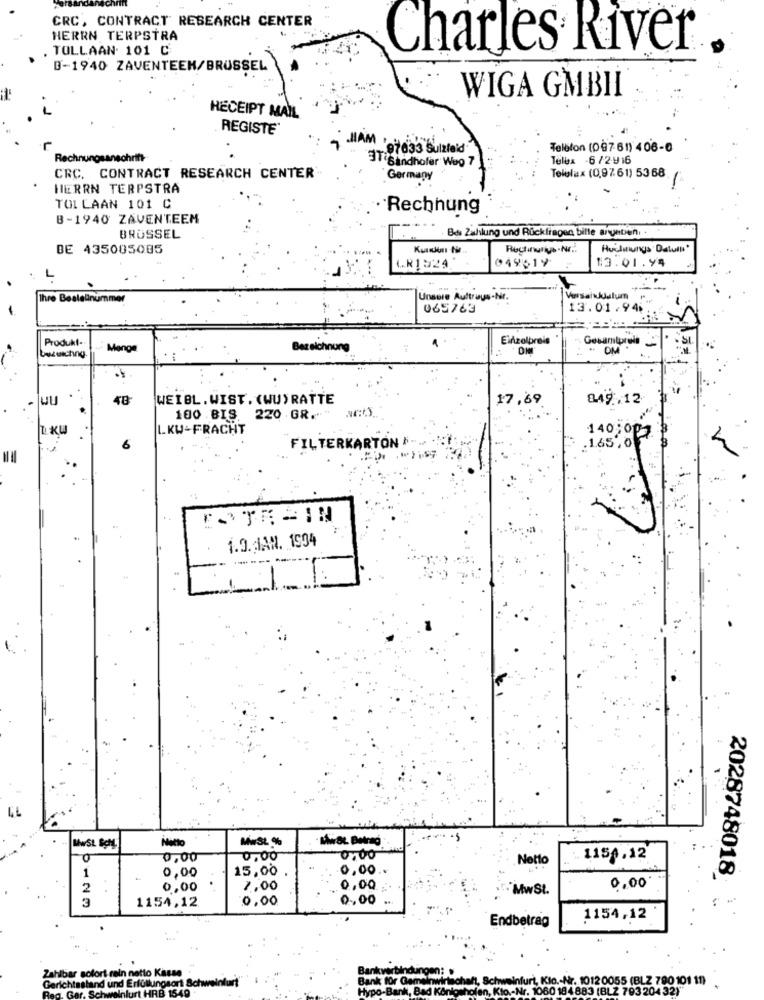
CRC, CONTRACT RESEARCH CENTER
HERRN TERPSTRA
. TOLLAAN 101 C
Charles River
B-1940 ZAVENTEEN/BRUSSEL
WIGA GMBII
HECEIPT MAIL
REGISTER
HAM 97633 Sulzfeld
Telefon (097 61) 4 06-0
Rec
chrift
Telux -6 /2.916
3T Sindhofer Weg 7
Telolax (0,9761) 5368
CRC. CONTRACT RESEARCH CENTER
Germany
HERRN TERPSTRA
TOLLAAN 101 C
Rechnung
B-1940 ZAVENTEEM
Bdi Zahlung und Rückfragen bille angeben. .
BRÜSSEL
DE 435085005
Huilinungs Datulli"
LR1524
049619
$3.01.94
Ihre Bestellnummer
Unsere Auttrays-Nr.
Versandulum
-
065763
13.01.946
Einzelpreis
Gesamtpreis
Produkt-
Menge
Bezeichnung
. OM
beszeichng.
- 1
48
WEIBL. WIST. (WU)RATTE
7.69
8.49 .. 12
100 BIS. 220 GR. " We).
LKW-FRACHT
140;op
FILTERKARTON .
1.65,0
FOTE =IN
1.9. JAN. 1994
Matto
Mwst %
MwSL BOM.
0
0,00
0,00
Netto
1150.12
1
0,00
15,00
0,00 ..
2028748018
2
0,00
1,00
0,00
Mw SL.
0,00
3
1154,12
0,00
0,00
Endbetrag
1154,12
Zahlbar sofort rein netto Kassa
Gerichtsstand und Erfüllungsort Schwe
Bank
for Ga
weinfurt, Klo. - Nr. 1012 0055 (BLZ 700 101 11)
Reg. Gar. Schweinfurt HRB 1549
HRB 154
ank, Bad Könk
-Nr. 1060 184 883 (BLZ 793 204 32)